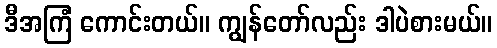
ဒီအကြံ ကောင်းတယ်။ ကျွန်တော်လည်း ဒါပဲစားမယ်။